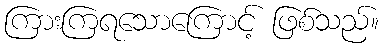
ကြားကြရသောကြောင့် ဖြစ်သည်။